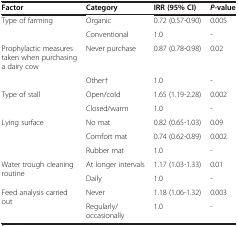
<table><thead><tr><td><b>Factor</b></td><td><b>Category</b></td><td><b>IRR (95% CI)</b></td><td><b><i>P-</i>value</b></td></tr></thead><tbody><tr><td rowspan="2">Type of farming</td><td>Organic</td><td>0.72 (0.57-0.90)</td><td>0.005</td></tr><tr><td>Conventional</td><td>1.0</td><td>-</td></tr><tr><td>Prophylactic measures taken when purchasing a dairy cow</td><td>Never purchase</td><td>0.87 (0.78-0.98)</td><td>0.02</td></tr><tr><td> </td><td>Other†</td><td>1.0</td><td>-</td></tr><tr><td rowspan="2">Type of stall</td><td>Open/cold</td><td>1.65 (1.19-2.28)</td><td>0.002</td></tr><tr><td>Closed/warm</td><td>1.0</td><td>-</td></tr><tr><td rowspan="3">Lying surface</td><td>No mat</td><td>0.82 (0.65-1.03)</td><td>0.09</td></tr><tr><td>Comfort mat</td><td>0.74 (0.62-0.89)</td><td>0.002</td></tr><tr><td>Rubber mat</td><td>1.0</td><td>-</td></tr><tr><td rowspan="2">Water trough cleaning routine</td><td>At longer intervals</td><td>1.17 (1.03-1.33)</td><td>0.01</td></tr><tr><td>Daily</td><td>1.0</td><td>-</td></tr><tr><td rowspan="2">Feed analysis carried out</td><td>Never</td><td>1.18 (1.06-1.32)</td><td>0.003</td></tr><tr><td>Regularly/occasionally</td><td>1.0</td><td>-</td></tr></tbody></table>